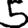
Digit: 5